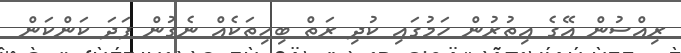
ރިއްސުން އޭގެ އިތުރުން ހަމުގައި ކުދި ރަތް ބިހިތަކެއް ނެގުން ފަދަ ކަންކަން